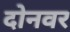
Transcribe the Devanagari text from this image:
दोनवर